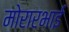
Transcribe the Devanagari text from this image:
मोरारभाई